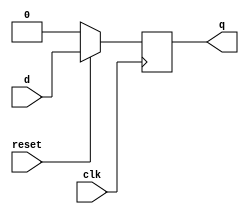
module dff(clk,reset,d,q);
input clk,reset,d;
output reg q;

always@(posedge clk)
begin
	if(!reset)
		q<=0;
	else
		q<=d;
end
endmodule